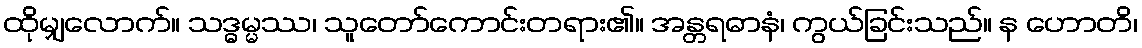
ထိုမျှလောက်။ သဒ္ဓမ္မဿ၊ သူတော်ကောင်းတရား၏။ အန္တရဓာနံ၊ ကွယ်ခြင်းသည်။ န ဟောတိ၊